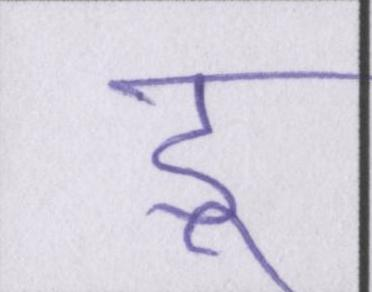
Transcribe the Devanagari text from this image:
डू